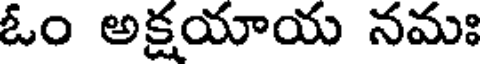
ఓం అక్షయాయ నమః